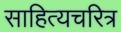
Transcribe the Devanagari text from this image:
साहित्यचरित्र